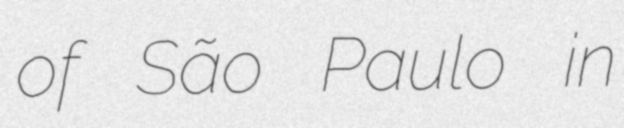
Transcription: of São Paulo in